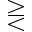
\gtreqless